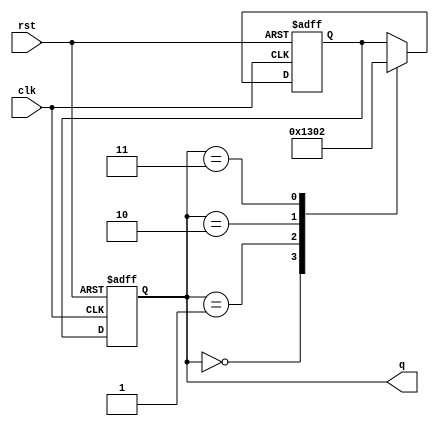
module gray_code_ring_counter (
    input wire clk,
    input wire rst,
    output reg [n-1:0] q
);

parameter n = 4; // Number of bits in the counter

reg [n-1:0] next_q;

always @(posedge clk or posedge rst) begin
    if (rst) begin
        q <= 0;
    end else begin
        q <= next_q;
    end
end

always @(posedge clk or posedge rst) begin
    if (rst) begin
        next_q <= 1;
    end else begin
        case(q)
            0: next_q <= 1;
            1: next_q <= 3;
            2: next_q <= 0;
            3: next_q <= 2;
            // Add more cases as needed for larger counters
        endcase
     end
end

endmodule